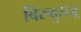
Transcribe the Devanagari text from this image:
बिरुदुराजू